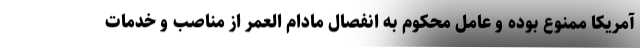
آمریکا ممنوع بوده و عامل محکوم به انفصال مادام العمر از مناصب و خدمات